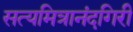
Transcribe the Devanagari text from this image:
सत्यमित्रानंदगिरी